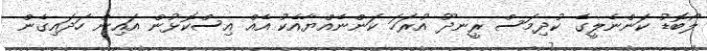
ލޯބޮޑު ކަންނެލީގެ ކުދިމަސް ރީނދޫ އުރަހަ ކަންނެއްޔާއެކު އެއް އިސްކޮޅުން އައިން ހަދައިގެން